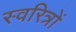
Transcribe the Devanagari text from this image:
स्वरित्रों